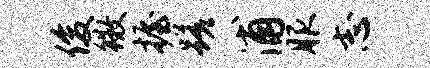
俊徽握蹉浦服志